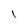
Character: l